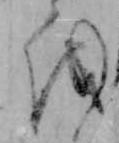
を